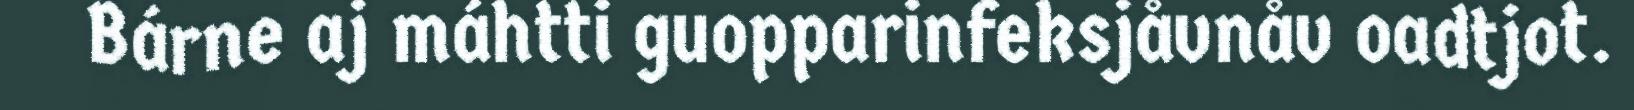
Bárne aj máhtti guopparinfeksjåvnåv oadtjot.